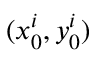
( x _ { 0 } ^ { i } , y _ { 0 } ^ { i } )